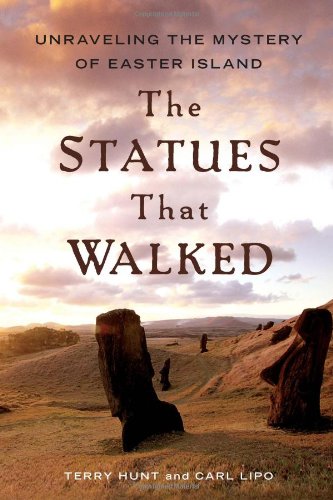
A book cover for The Statues that Walked: Unraveling the Mystery of Easter Island; Terry Hunt; History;